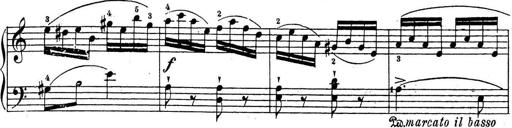
Title: 10 Sonatinas
Composer: Fritz Spindler